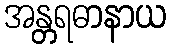
အန္တရဓာနာယ